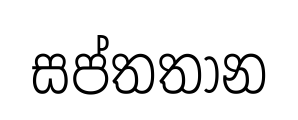
සප්තතාන